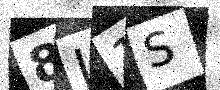
Text: 8J1S